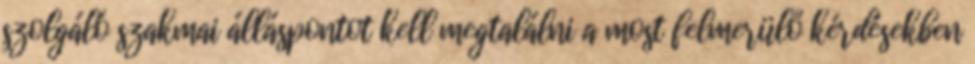
szolgáló szakmai álláspontot kell megtalálni a most felmerülő kérdésekben